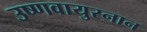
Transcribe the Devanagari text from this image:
उष्णवायुस्नान